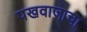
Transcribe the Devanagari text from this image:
पखवाजाचा